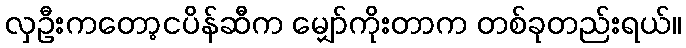
လှဦးကတော့ငပိန်ဆီက မျှော်ကိုးတာက တစ်ခုတည်းရယ်။